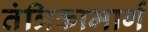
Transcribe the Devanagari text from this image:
तंत्रिकामार्ग